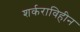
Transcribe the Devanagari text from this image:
शर्कराविहीन